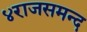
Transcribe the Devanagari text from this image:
४राजसमन्द